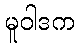
မူဝါဒက